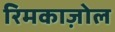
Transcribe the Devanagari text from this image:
रिमकाज़ोल